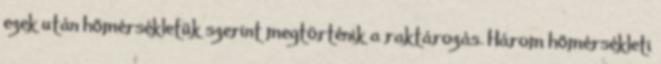
ezek után hőmérsékletük szerint megtörténik a raktározás. Három hőmérsékleti